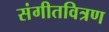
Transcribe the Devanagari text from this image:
संगीतवित्रण